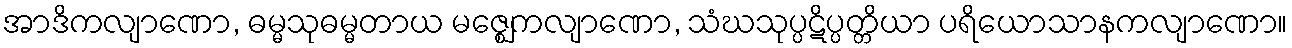
အာဒိကလျာဏော, ဓမ္မသုဓမ္မတာယ မဇ္ဈေကလျာဏော, သံဃသုပ္ပဋိပ္ပတ္တိယာ ပရိယောသာနကလျာဏော။